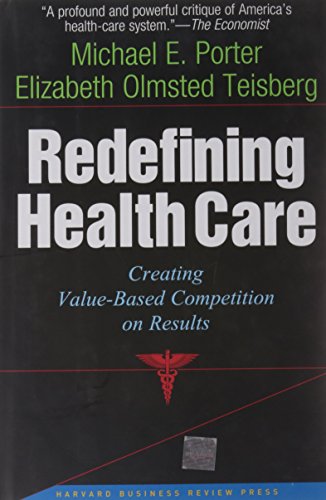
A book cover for Redefining Health Care: Creating Value-Based Competition on Results; Michael E. Porter; Medical Books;